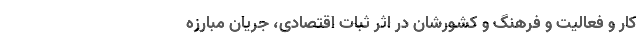
کار و فعالیت و فرهنگ و کشورشان در اثر ثبات اقتصادی، جریانِ مبارزه